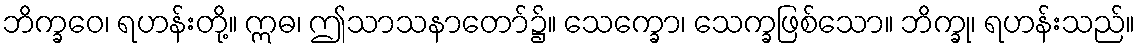
ဘိက္ခဝေ၊ ရဟန်းတို့။ ဣဓ၊ ဤသာသနာတော်၌။ သေက္ခော၊ သေက္ခဖြစ်သော။ ဘိက္ခု၊ ရဟန်းသည်။